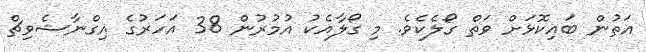
އަތުން ބައިކޮޅަށް ވަތް ގޯލެކެވެ. މި ގޯލާއެކު އުމުރުން 38 އަހަރުގެ އިގްނާޝެވިޗް